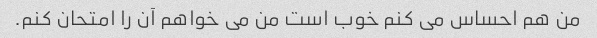
من هم احساس می کنم خوب است من می خواهم آن را امتحان کنم.